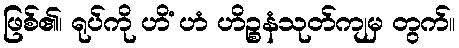
ဖြစ်၏၊ ရုပ်ကို ဟိံ ဟံ ဟိဉ္စနံသုတ်ကျမှ တွက်။